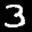
Label: 3